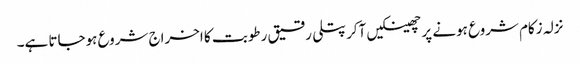
نزلہ زکام شروع ہونے پر چھینکیں آکر پتلی رقیق رطوبت کا اخراج شروع ہوجاتا ہے۔